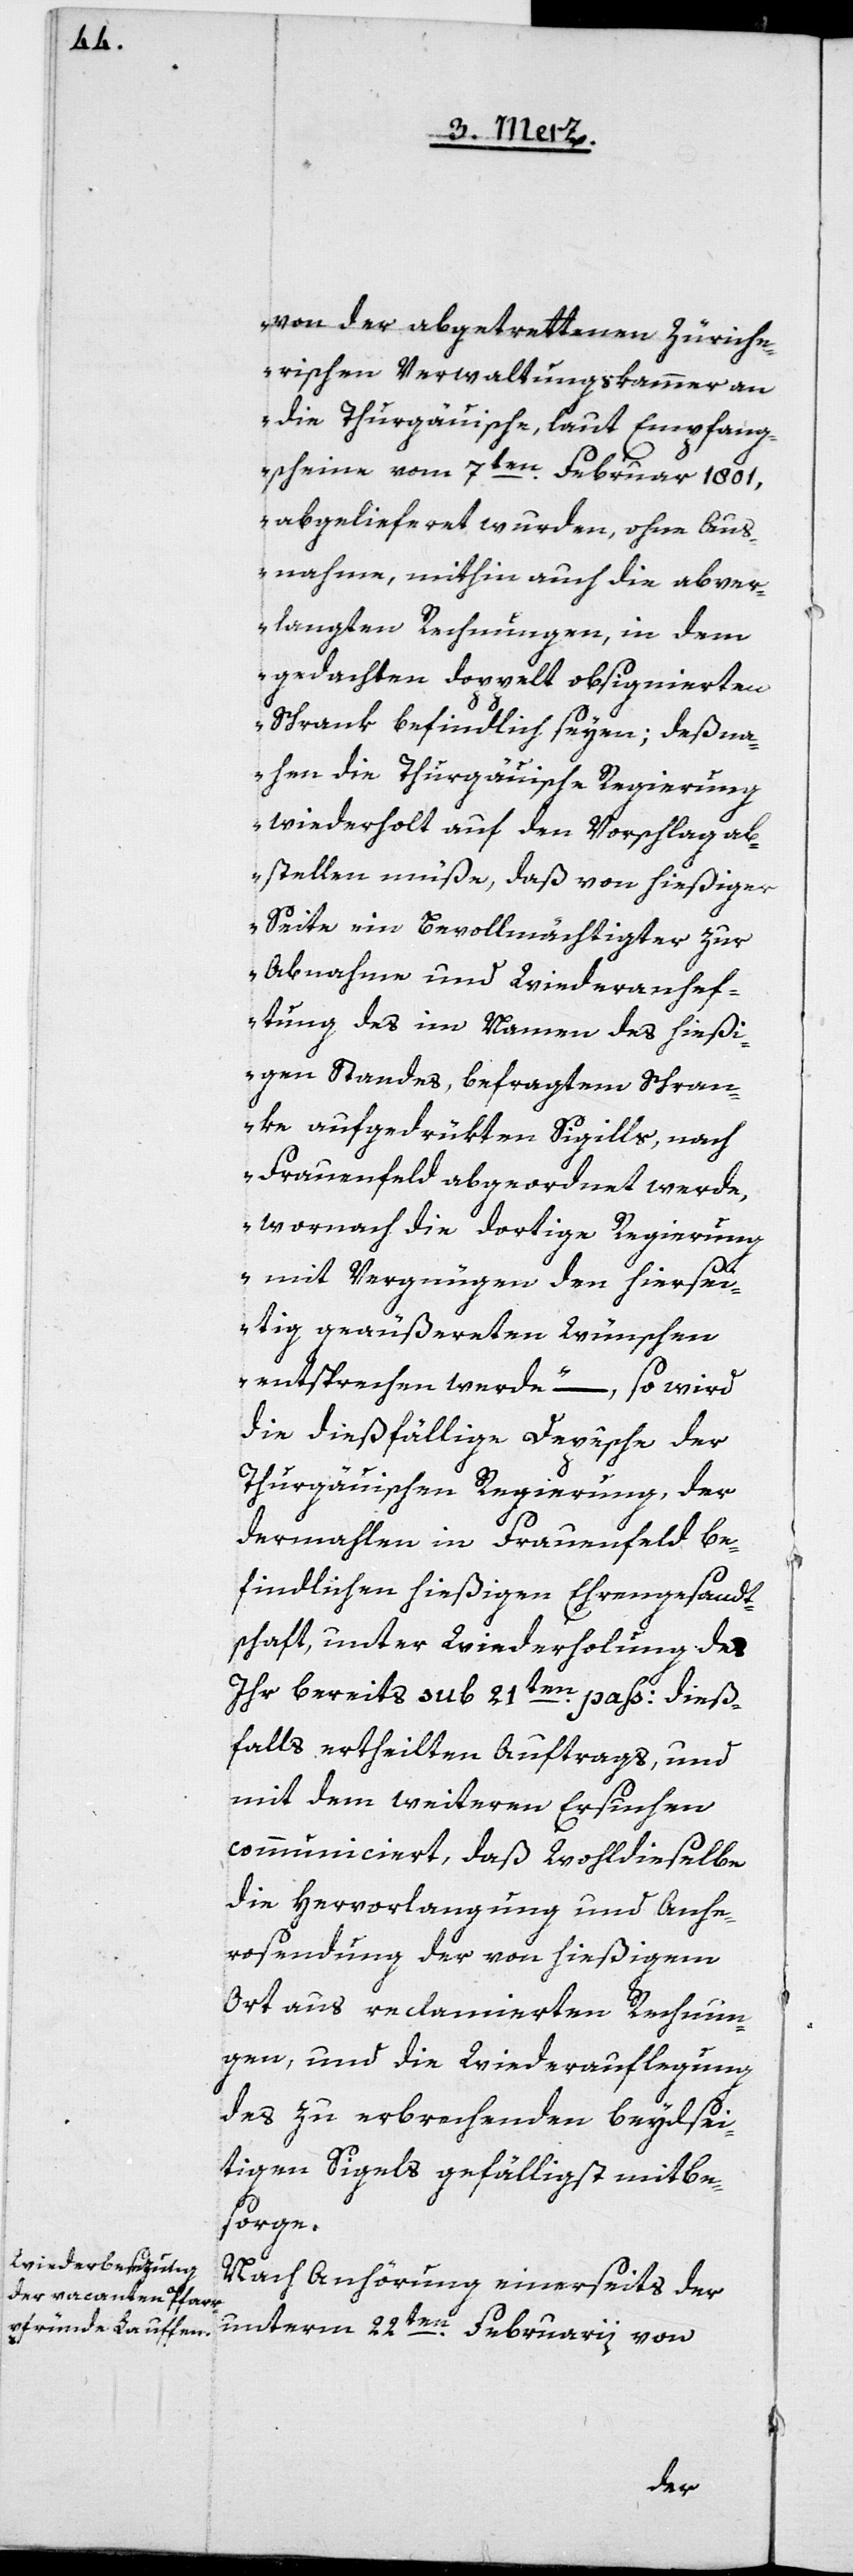
von der abgetrettenen Zürche¬
rischen Verwaltungskammer an
die Thurgauische, laut Empfang¬
scheine vom 7ten Februar 1801,
abgelieferet wurden, ohne Aus¬
nahme, mithin auch die abver¬
langten Rechnungen, in dem
gedachten doppelt obsignierten
Schrank befindlich seyen; deßna¬
hen die Thurgäuische Regierung
wiederholt auf den Vorschlag ab¬
stellen müße, daß von hießiger
Seite ein Bevollmächtigter zur
Abnahme und Wiederanhef¬
tung des im Namen des hießi¬
gen Standes, befragtem Schran¬
ke aufgedrückten Sigills, nach
Frauenfeld abgeordnet werde,
wornach die dortige Regierung
mit Vergnügen den hiersei¬
tig geäußereten Wünschen
entsprechen werde“, – so wird
die dießfällige Depêsche der
Thurgäuischen Regierung, der
dermahlen in Frauenfeld be¬
findlichen hießigen Ehrengesandt¬
schaft, unter Wiederholung des
ihr bereits sub 21ten pass: dieß¬
falls ertheilten Auftrags, und
mit dem weitern Ersuchen
communiciert, daß Wohldieselbe
die Hervorlangung und Anhe¬
rosendung der von hießigem
Ort aus reclamierten Rechnun¬
gen, und die Wiederauflegung
des zu erbrechenden beydsei¬
tigen Sigels gefälligst mitbe¬
sorge.
Nach Anhörung einerseits der
unterm 22ten Februarii von